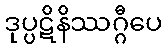
ဒုပ္ပဋိနိဿဂ္ဂီပေ